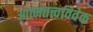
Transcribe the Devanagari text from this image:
आत्मतत्त्वविवेक